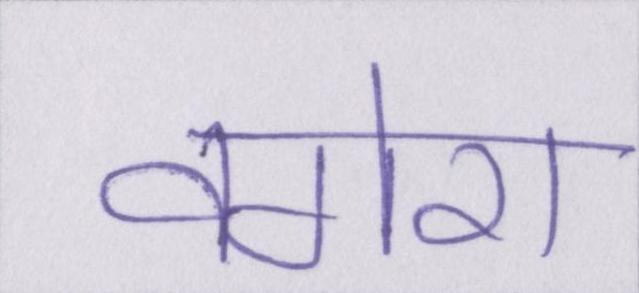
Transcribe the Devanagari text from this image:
वगेरा